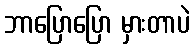
ဘာပြောပြော မှားတာပဲ